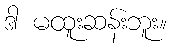
ဒါ မထူးဆန်းဘူး။